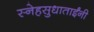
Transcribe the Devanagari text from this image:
स्नेहसुधाताईंनी